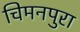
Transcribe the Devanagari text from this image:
चिमनपुरा